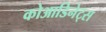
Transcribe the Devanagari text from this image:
कोआडिनेट्स